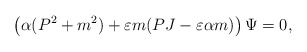
\begin{align*}\left(\alpha(P^{2}+m^{2})+\varepsilon m(PJ-\varepsilon \alpha m)\right)\Psi=0,\end{align*}